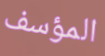
المؤسف